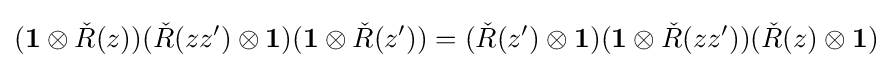
(\mathbf {1} \otimes {\check {R}}(z))({\check {R}}(zz')\otimes \mathbf {1} )(\mathbf {1} \otimes {\check {R}}(z'))=({\check {R}}(z')\otimes \mathbf {1} )(\mathbf {1} \otimes {\check {R}}(zz'))({\check {R}}(z)\otimes \mathbf {1} )